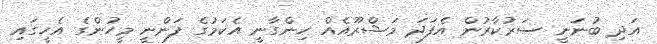
އަދި ބުނަނީ ސަރުކާރުން އެފަދަ މަޝްރޫއެއް ހިންގާނީ އެކަމުގެ ފަންނީ މީހުންގެ އެހީގައި